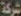
شركة